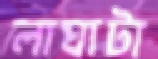
লাঘাটা